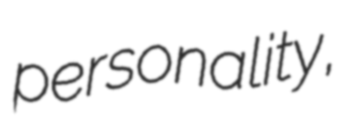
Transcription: personality,